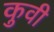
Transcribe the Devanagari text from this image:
कुवी